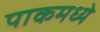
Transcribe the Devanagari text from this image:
पाकमध्ये